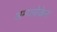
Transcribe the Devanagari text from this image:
अम्य्लोकेन